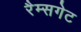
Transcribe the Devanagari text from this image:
रैम्सगेट